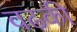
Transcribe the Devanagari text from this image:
वढकी